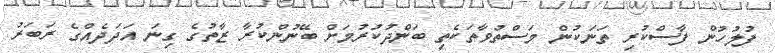
ފުލުހުން ފާސްކުރި ތަނަކުން މަސްތުވާތަކެތި ބަންދުކުރުމަށް ބޭނުންކުރާ ޒާތުގެ ގިނަ އަދަދެއްގެ ރަބަރު